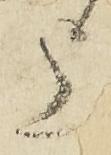
上